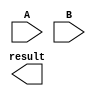
module BoothMultiplier (
    input wire [7:0] A,
    input wire [7:0] B,
    output reg [15:0] result
);

reg [15:0] P [7:0];
reg [7:0] M, Q;
reg [3:0] i;

always @ (*) begin
    P[0] = A * B;
    M = -A;
    Q = 0;
    for (i = 0; i < 4; i = i + 1) begin
        if (P[i][0]) begin
            P[i+1] = P[i+1] + (M << 8);
            P[i+1] = P[i+1] + (Q << 8);
        end
        // Booth encoding
        if (P[i][7:0] == 2'b10 || P[i][7:0] == 2'b01) begin
            Q = Q + (P[i] >> 1);
        end else if (P[i][7:0] == 2'b11 || P[i][7:0] == 2'b00) begin
            Q = Q + M;
        end
        P[i+1] = P[i+1] + (P[i] >> 1);
    end
end

assign result = P[7];

endmodule